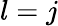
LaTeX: l=j